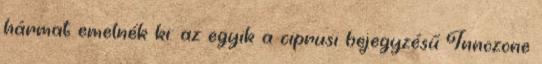
hármat emelnék ki: az egyik a ciprusi bejegyzésű Innozone